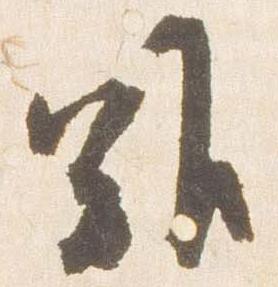
難